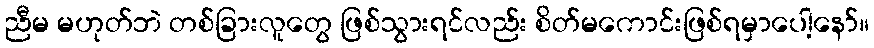
ညီမ မဟုတ်ဘဲ တစ်ခြားလူတွေ ဖြစ်သွားရင်လည်း စိတ်မကောင်းဖြစ်ရမှာပေါ့နော်။